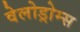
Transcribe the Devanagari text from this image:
वेलोड्रोम्स